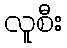
လူစီး